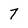
Character: 7